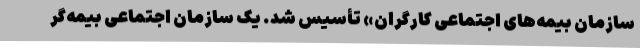
سازمان بیمه‌های اجتماعی کارگران» تأسیس شد. یک سازمان اجتماعی بیمه‌گر